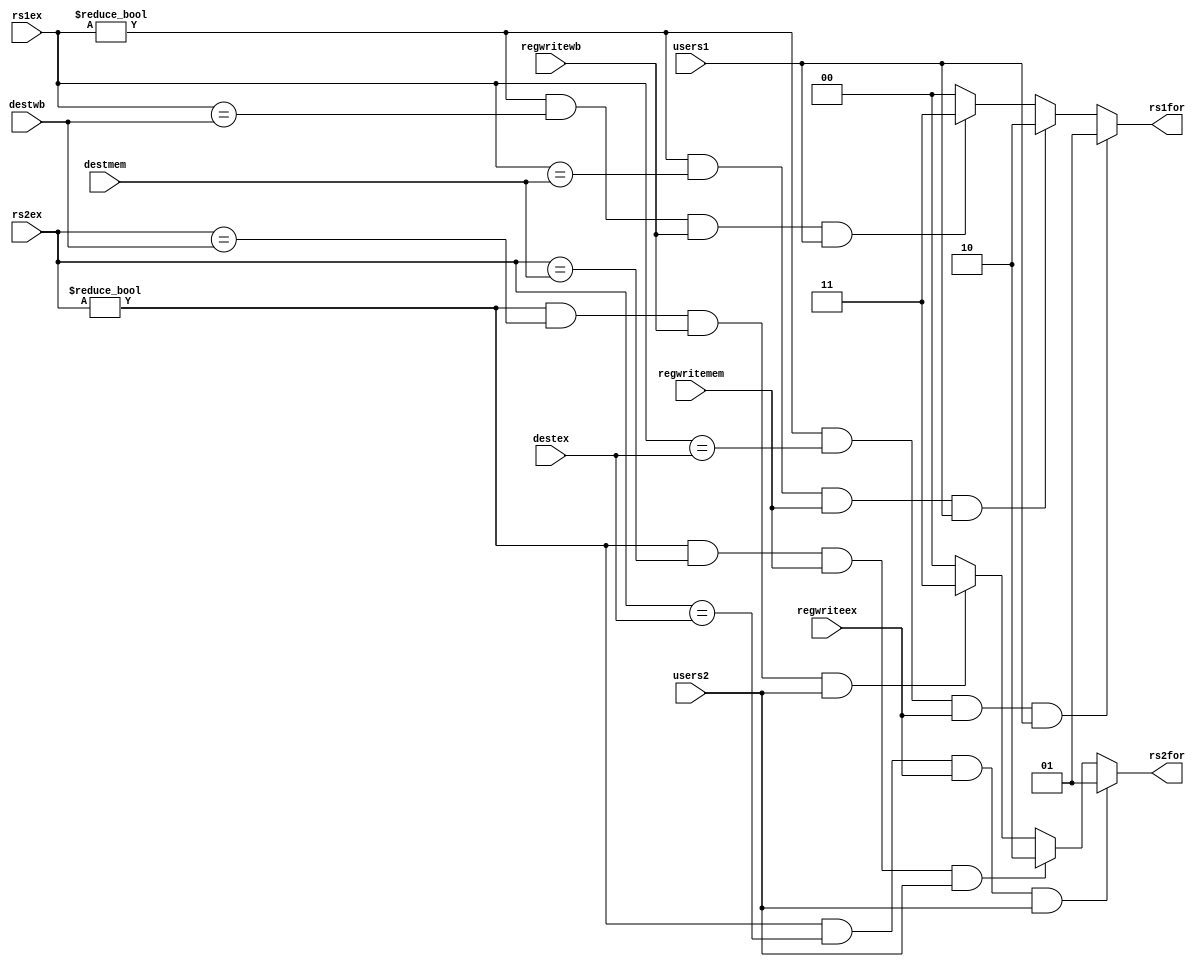
module FORWARD(
    input wire [4:0] rs1ex,
    input wire [4:0] rs2ex,
    input wire [4:0] destex,
    input wire [4:0] destmem,
    input wire [4:0] destwb,
    input wire regwriteex,
    input wire regwritemem,
    input wire regwritewb,
    input wire users1,
    input wire users2,

    output wire [1:0] rs1for,
    output wire [1:0] rs2for
);
    reg [1:0] _rs1for;
    reg [1:0] _rs2for;
    initial begin
        _rs1for <= 2'b00;
        _rs2for <= 2'b00;
    end

    assign rs1for = _rs1for;
    assign rs2for = _rs2for;

    always@ (*) begin
        if((rs1ex != 0) && (rs1ex==destex) && regwriteex && users1) begin
            _rs1for = 2'b01; // forward from ex stage
            end
        else if((rs1ex != 0) && (rs1ex==destmem) && regwritemem && users1) begin
            _rs1for = 2'b10; // forward from mem stage
            end
	else if((rs1ex != 0) && (rs1ex==destwb) && regwritewb && users1) begin
	    _rs1for = 2'b11; // forward from wb stage
	    end
        else _rs1for = 2'b00; // no forwarding

        if((rs2ex != 0) && (rs2ex==destex) && regwriteex && users2) begin
            _rs2for = 2'b01; // forward from ex stage
            end
        else if((rs2ex != 0) && (rs2ex==destmem) && regwritemem && users2) begin
            _rs2for = 2'b10; // forward from mem stage
            end
	else if((rs2ex != 0) && (rs2ex==destwb) && regwritewb && users2) begin
	    _rs2for = 2'b11; // forward from wb stage
	    end
        else _rs2for = 2'b00; // no forwarding
    end

endmodule